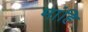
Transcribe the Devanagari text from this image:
मांहि